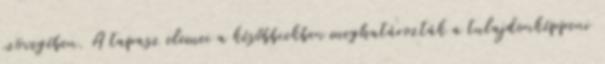
szövegében. A tapasz elemei a későbbiekben meghatározták a tulajdonképpeni